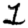
Digit: 1